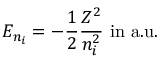
E _ { n _ { i } } = - { \frac { 1 } { 2 } } { \frac { Z ^ { 2 } } { n _ { i } ^ { 2 } } } { \mathrm { ~ i n ~ a . u . } }